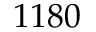
1 1 8 0